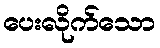
ပေးလိုက်သော